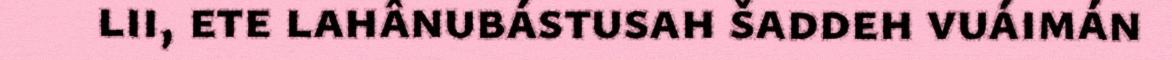
lii, ete lahânubástusah šaddeh vuáimán